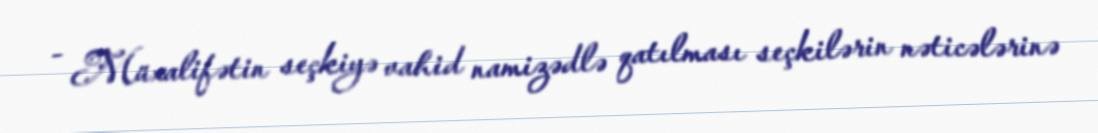
- Müxalifətin seçkiyə vahid namizədlə qatılması seçkilərin nəticələrinə